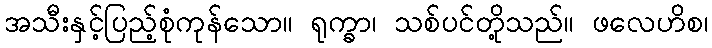
အသီးနှင့်ပြည့်စုံကုန်သော။ ရုက္ခာ၊ သစ်ပင်တို့သည်။ ဖလေဟိစ၊